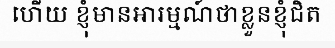
ហើយ ខ្ញុំមានអារម្មណ៍ថាខ្លួនខ្ញុំជិត